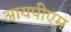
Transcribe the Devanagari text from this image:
आयपीएम